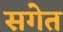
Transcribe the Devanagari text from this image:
सगेत